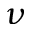
_ { \nu }